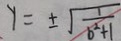
y = \pm \sqrt { \frac { 1 } { b ^ { 2 } + 1 } }